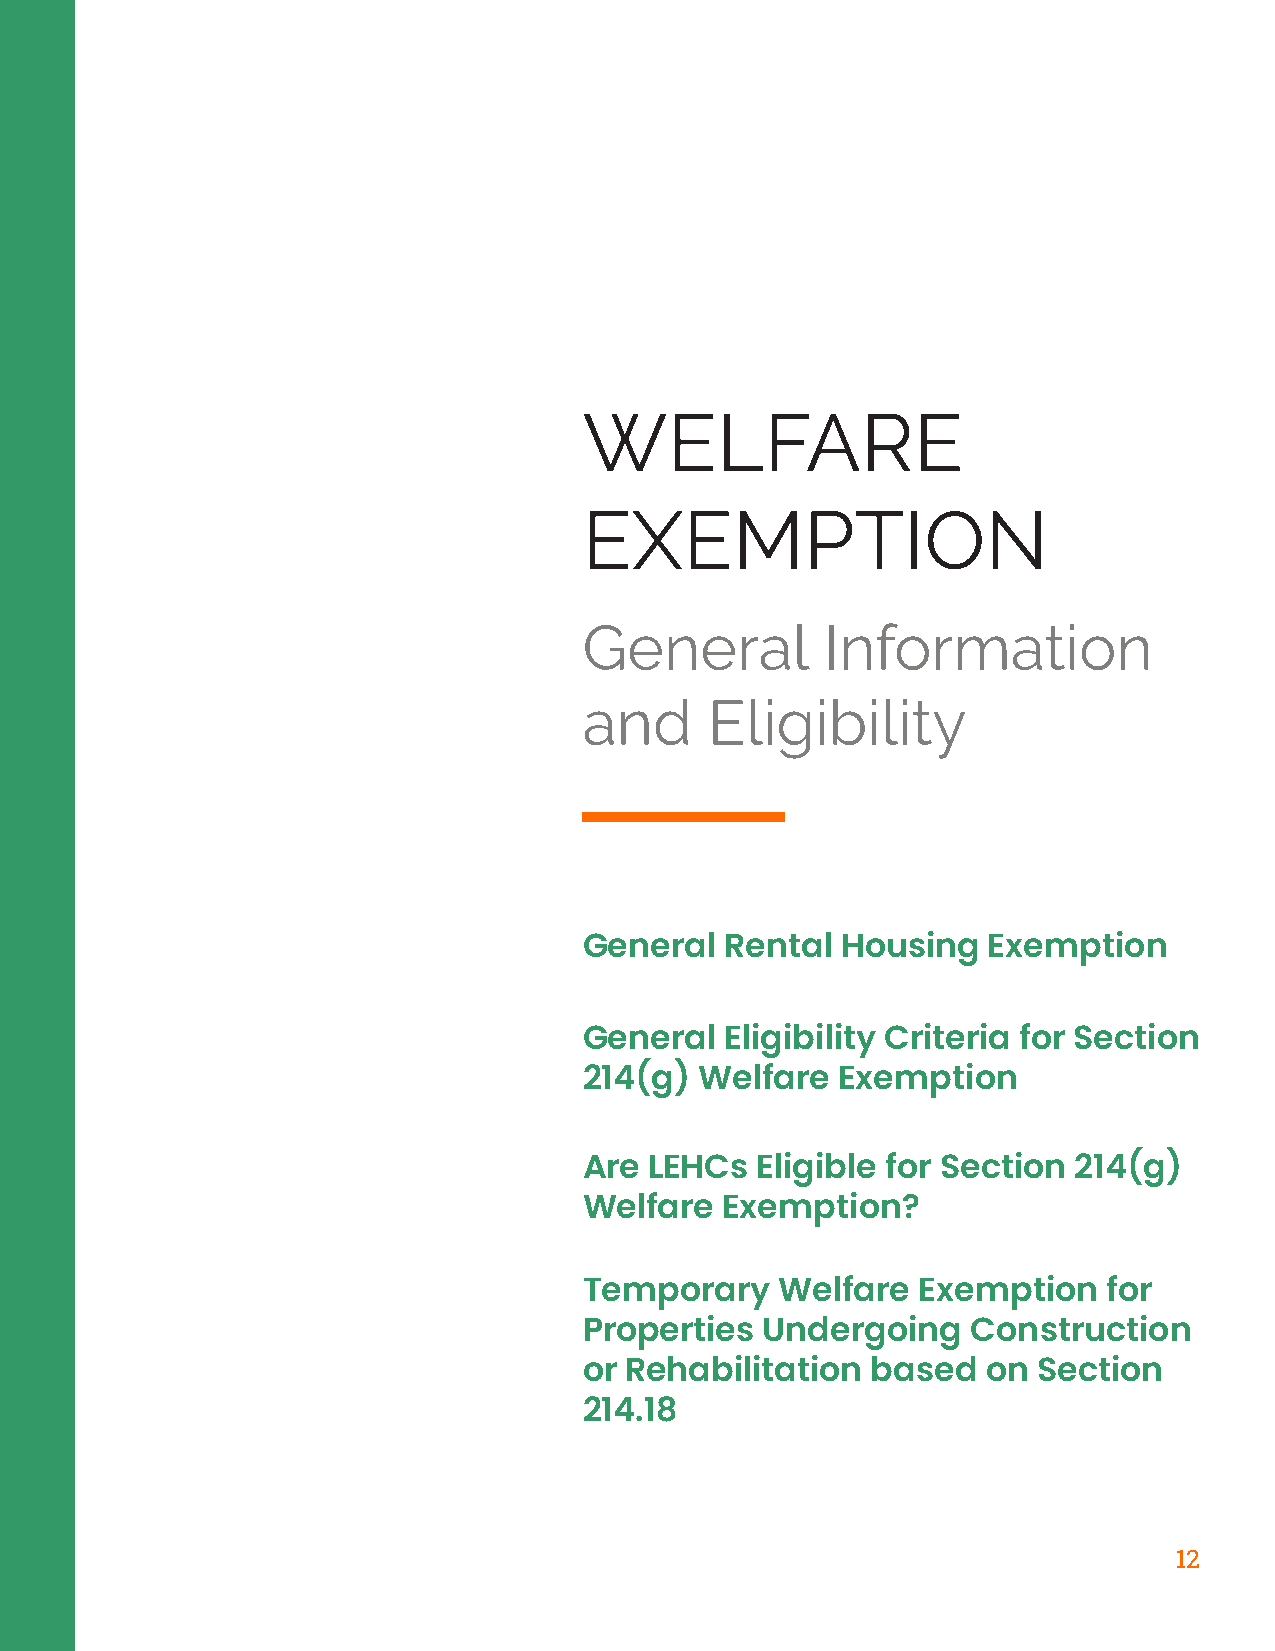
WELFARE
 EXEMPTION
 General         Information
 and     Eligibility
 General  Rental  Housing  Exemption
 General  Eligibility Criteria for Section
 214(g) Welfare   Exemption
 Are LEHCs  Eligible for Section 214(g)
 Welfare  Exemption?
 Temporary    Welfare  Exemption   for
 Properties  Undergoing   Construction
 or Rehabilitation  based  on  Section
 214.18
 12